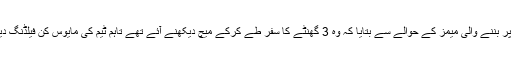
محمد اختر نے آئی سی سی کو دیے ایک انٹرویو میں سوشل میڈیا پر خود پر بننے والی میمز کے حوالے سے بتایا کہ وہ 3 گھنٹے کا سفر طے کرکے میچ دیکھنے آئے تھے تاہم ٹیم کی مایوس کن فیلڈنگ دیکھ کر وہ کافی افسردہ ہوئے جس پر انہوں نے اپنے افسوس کا اظہار کیا۔